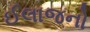
ઈલાજનો